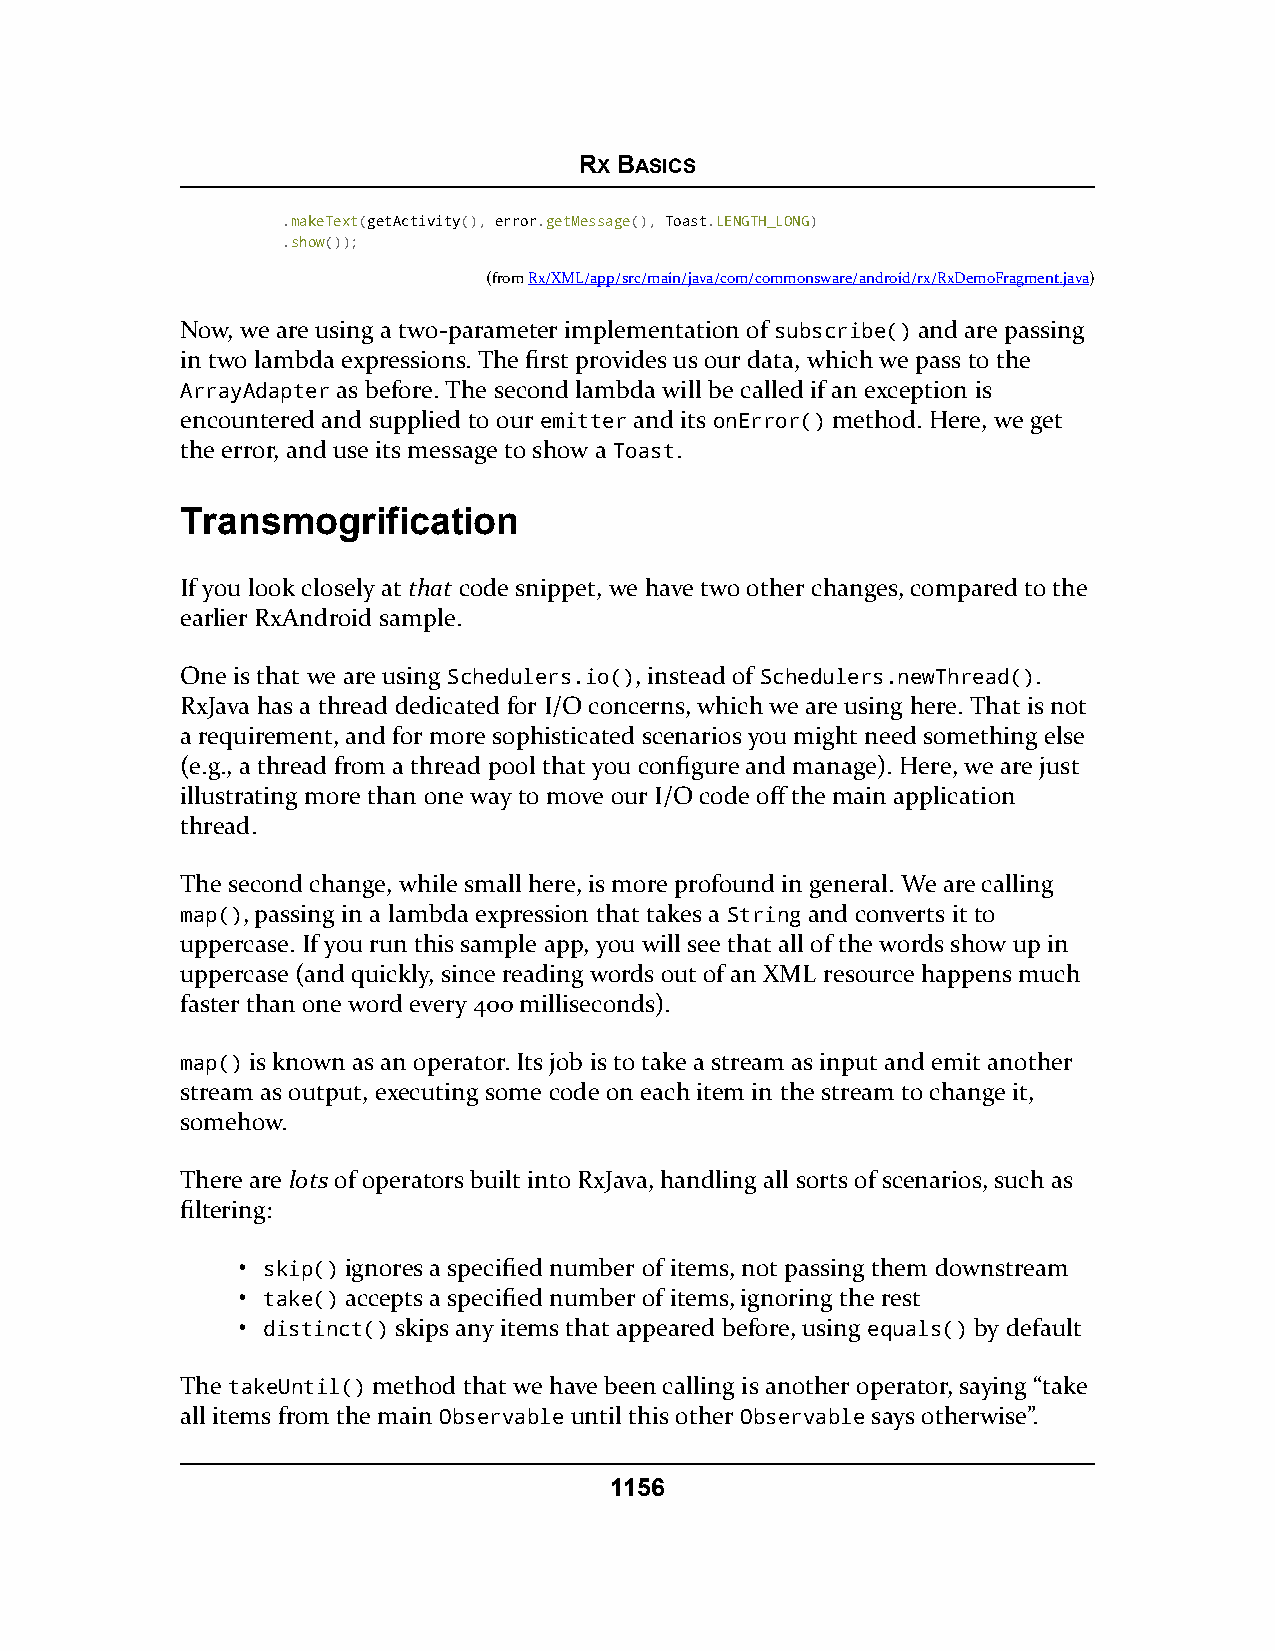
RX BASICS
 .makeText(getActivity(), error.getMessage(), Toast.LENGTH_LONG)
 .show());
 (fromRx/XML/app/src/main/java/com/commonsware/android/rx/RxDemoFragment.java)
 Now, we are using a two-parameter implementation of subscribe() and are passing
 in two lambda expressions. The first provides us our data, which we pass to the
 ArrayAdapter as before. The second lambda will be called if an exception is
 encountered and supplied to our emitter and its onError() method. Here, we get
 the error, and use its message to show a Toast.
 Transmogrification
 If you look closely at that code snippet, we have two other changes, compared to the
 earlier RxAndroid sample.
 One is that we are using Schedulers.io(), instead of Schedulers.newThread().
 RxJava has a thread dedicated for I/O concerns, which we are using here. That is not
 a requirement, and for more sophisticated scenarios you might need something else
 (e.g., a thread from a thread pool that you configure and manage). Here, we are just
 illustrating more than one way to move our I/O code off the main application
 thread.
 The second change, while small here, is more profound in general. We are calling
 map(), passing in a lambda expression that takes a String and converts it to
 uppercase. If you run this sample app, you will see that all of the words show up in
 uppercase (and quickly, since reading words out of an XML resource happens much
 faster than one word every 400 milliseconds).
 map() is known as an operator. Its job is to take a stream as input and emit another
 stream as output, executing some code on each item in the stream to change it,
 somehow.
 There are lots of operators built into RxJava, handling all sorts of scenarios, such as
 filtering:
 • skip() ignores a specified number of items, not passing them downstream
 • take() accepts a specified number of items, ignoring the rest
 • distinct() skips any items that appeared before, using equals() by default
 The takeUntil() method that we have been calling is another operator, saying “take
 all items from the main Observable until this other Observable says otherwise”.
 1156